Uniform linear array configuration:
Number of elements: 8
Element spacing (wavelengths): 0.5
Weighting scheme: binomial
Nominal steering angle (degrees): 30
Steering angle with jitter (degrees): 29.687
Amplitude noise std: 0.05
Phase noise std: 0.05

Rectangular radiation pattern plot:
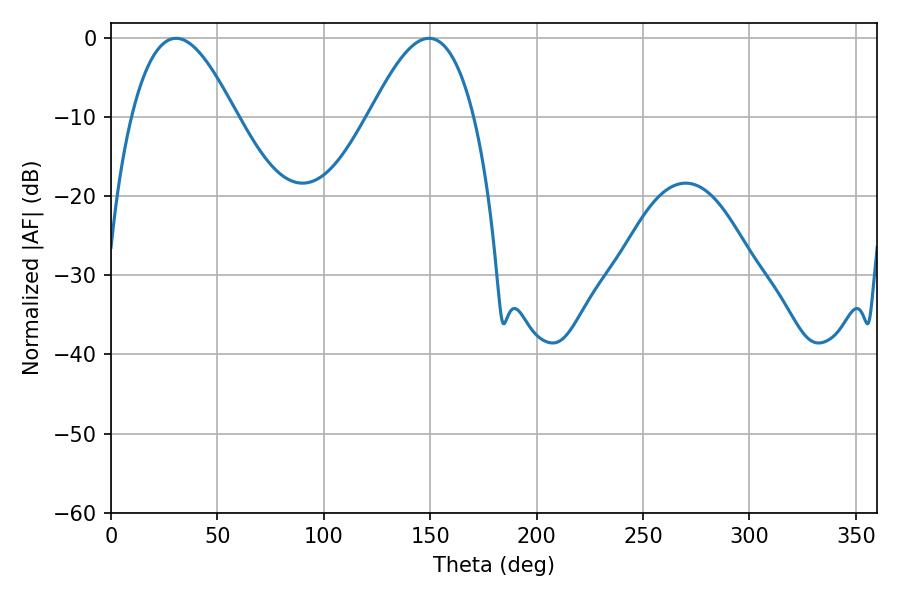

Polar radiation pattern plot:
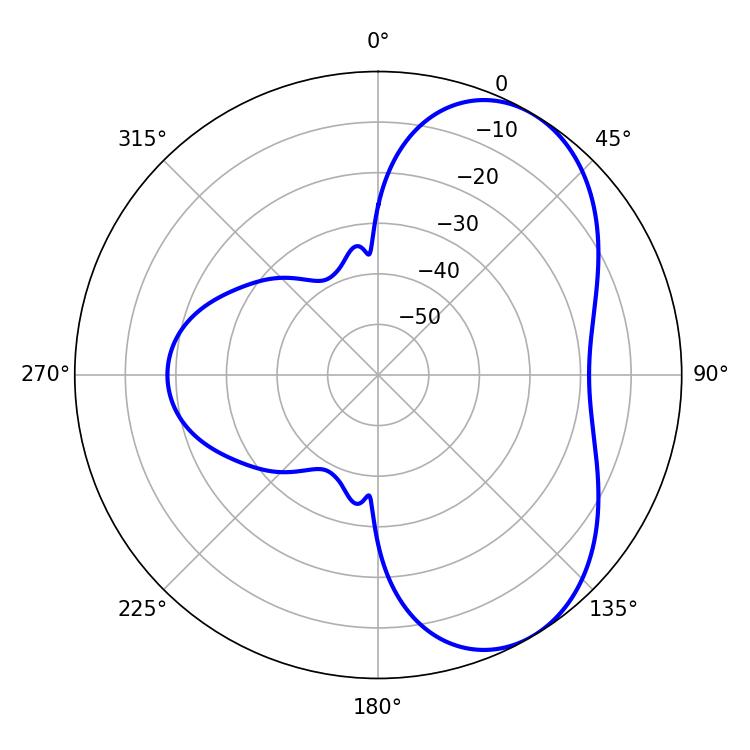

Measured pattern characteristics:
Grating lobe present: FALSE
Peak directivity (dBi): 5.643
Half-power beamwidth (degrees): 26.64
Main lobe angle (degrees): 30.6